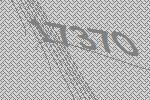
17370